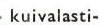
kuivalasti-